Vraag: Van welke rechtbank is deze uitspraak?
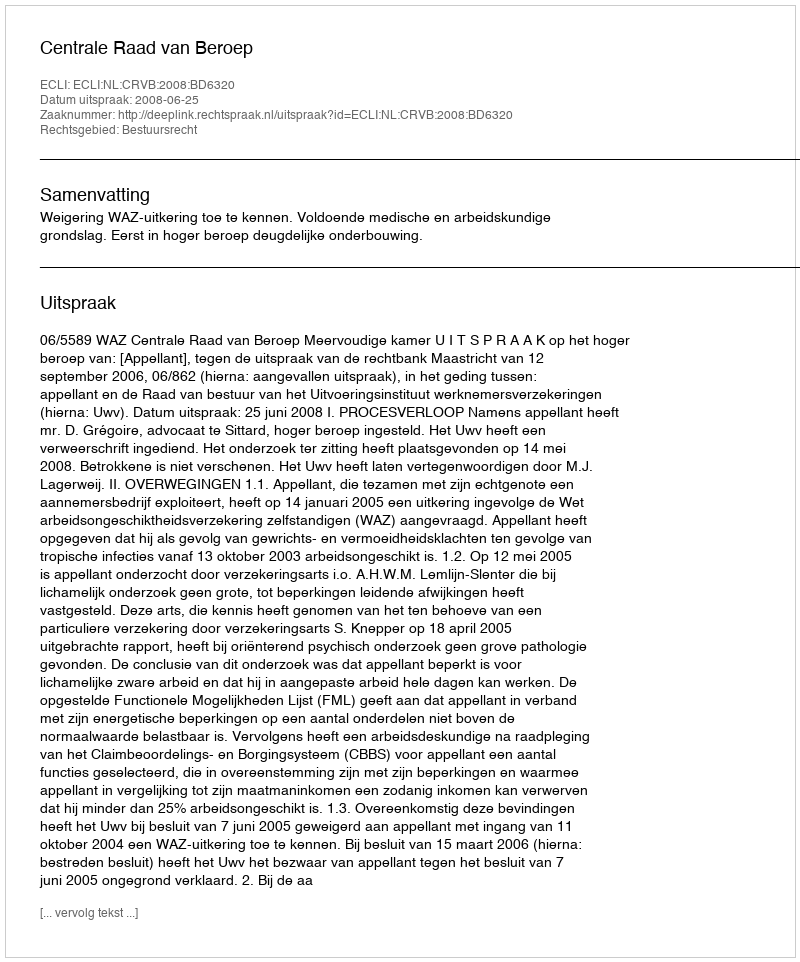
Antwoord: Centrale Raad van Beroep